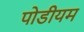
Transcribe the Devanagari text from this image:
पोडीयम